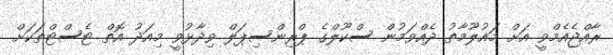
ރާއްޖެއެމްވީ އަށް މައުލޫމާތު ދެއްވަމުން ސްކޫލްގެ ޕްރިންސިޕަލް ވިދާޅުވީ މިއަދު އޮތް ޓެސްޓްތަކަށް